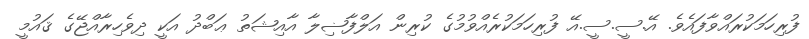
ފުރިހަމަކުރައްވާފައެވެ. އޭ.ސީ.ސީ.އޭ ފުރިހަމަކުރެއްވުމުގެ ކުރިން އަލްފާޟިލާ އާއިޝަތު ޢަބްދު އަކީ ދިވެހިރާއްޖޭގެ ޤައުމީ